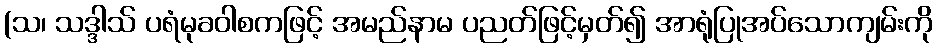
(သ၊ သဒ္ဒါသ် ပရံမုခဝါစကဖြင့် အမည်နာမ ပညတ်ဖြင့်မှတ်၍ အာရုံပြုအပ်သောကျမ်းကို